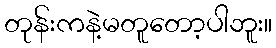
တုန်းကနဲ့မတူတော့ပါဘူး။